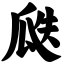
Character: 瓞